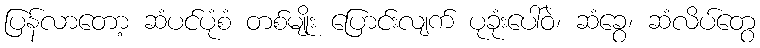
ပြန်လာတော့ ဆံပင်ပုံစံ တစ်မျိုး ပြောင်းလျက် ပုခုံးပေါ်ဝဲ၊ ဆံခွေ၊ ဆံလိပ်တွေ